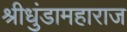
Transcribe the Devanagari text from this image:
श्रीधुंडामहाराज